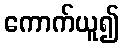
ကောက်ယူ၍